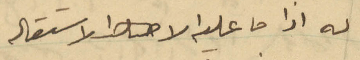
له اذا ما عليه الا الاستقالة